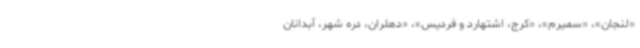
«لنجان»، «سمیرم»، «کرج، اشتهارد و فردیس»، «دهلران، دره شهر، آبدانان